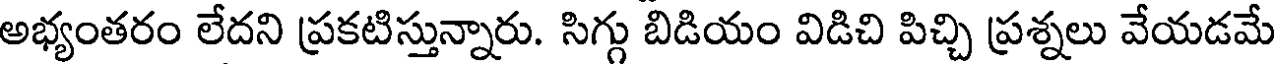
అభ్యంతరం లేదని ప్రకటిస్తున్నారు. సిగ్గు బిడియం విడిచి పిచ్చి ప్రశ్నలు వేయడమే